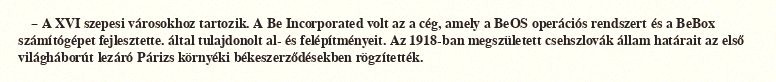
– A XVI szepesi városokhoz tartozik. A Be Incorporated volt az a cég, amely a BeOS operációs rendszert és a BeBox számítógépet fejlesztette. által tulajdonolt al- és felépítményeit. Az 1918-ban megszületett csehszlovák állam határait az első világháborút lezáró Párizs környéki békeszerződésekben rögzítették.